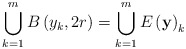
\begin{align*}\bigcup_{k=1}^{m}B\left( y_{k},2r\right) =\bigcup_{k=1}^{m}E\left( \mathbf{y}\right) _{k} \end{align*}